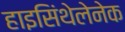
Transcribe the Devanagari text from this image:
हाइसिंथेलेनेक